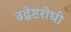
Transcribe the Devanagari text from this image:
उद्वेष्टरोधी